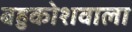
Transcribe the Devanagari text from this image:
बहुकोशवाला